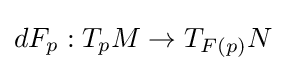
dF_{p}:T_{p}M\to T_{F(p)}N\!